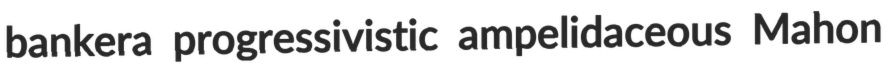
bankera progressivistic ampelidaceous Mahon